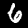
Label: 6